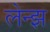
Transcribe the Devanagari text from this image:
लेन्झ